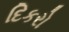
દિકરો